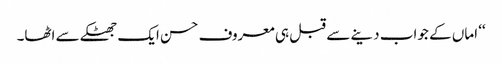
‘‘ اماں کے جواب دینے سے قبل ہی معروف حسن ایک جھٹکے سے اٹھا۔